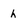
Character: h